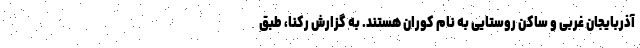
آذربایجان غربی و ساکن روستایی به نام کوران هستند. به گزارش رکنا، طبق